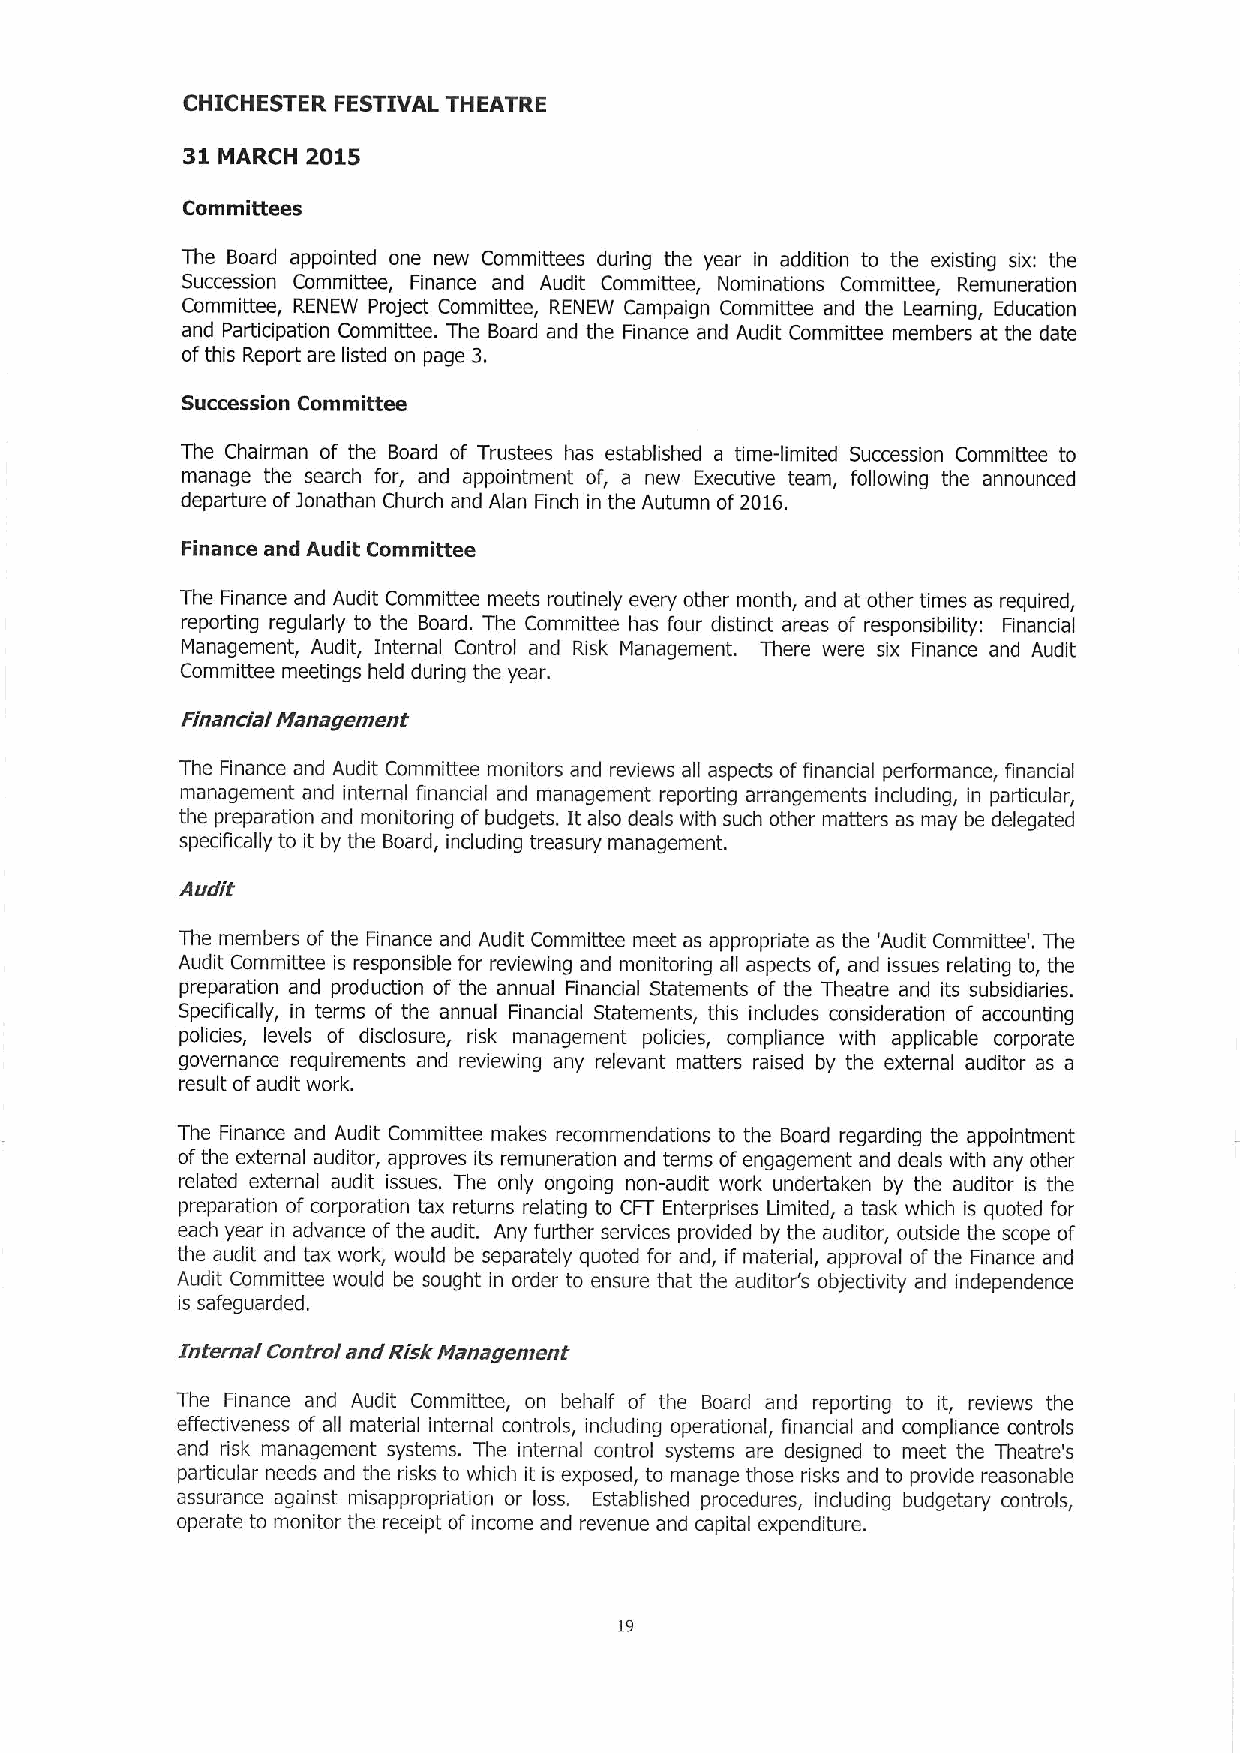
CHICHESTER FESTIVAL THEATRE
 31 MARCH 2015
 Committees
 The Board appointed one new Committees during the year in addition to the existing six: the
 Succession Committee, Finance and Audit Committee, Nominations Committee, Remuneration
 Committee, RENEW Project Committee, RENEW Campaign Committee and the Learning, Education
 and Participation Committee. The Board and the Finance and Audit Committee members at the date
 ofthis Report are listed on page 3.
 Succession Committee
 The Chairman of the Board of Trustees has established a time-limited Succession Committee to
 manage the search for, and appointment of, a new Executive team, following the announced
 departure ofjonathan Church and Alan Finch in the Autumn of2016.
 Finance and Audit Committee
 The Finance and Audit Committee meets routinely every other month, and at other times as required,
 reporting regularly to the Board. The Committee has four distinct areas of responsibility: Financial
 Management, Audit, Internal Control and Risk Management. There were six Finance and Audit
 Committee meetings held during the year.
 Financial ivianagement
 The Finance and Audit Committee monitors and reviews all aspects offinancial performance, financial
 management and internal financial and management reporting arrangements including, in particular,
 the preparation and monitoring of budgets. It also deals with such other matters as may be delegated
 specifically to it by the Board, including treasury management.
 Audit
 The members of the Finance and Audit Committee meet as appropriate as the 'Audit Committee'. The
 Audit Committee is responsible for reviewing and monitoring all aspects of, and issues relating to, the
 preparation and production of the annual Financial Statements of the Theatre and its subsidiaries.
 Specifically, in terms of the annual Financial Statements, this includes consideration of accounting
 policies, levels of disclosure, risk management policies, compliance with applicable corporate
 governance requirements and reviewing any relevant matters raised by the external auditor as a
 result ofaudit work.
 The Finance and Audit Committee makes recommendations to the Board regarding the appointment
 ofthe external auditor, approves its remuneration and terms ofengagement and deals with any other
 related external audit issues. The only ongoing non-audit work undertaken by the auditor is the
 preparation of corporation tax returns relating to CFT Enterprises Limited, a task which is quoted for
 each year in advance ofthe audit. Any further services provided by the auditor, outside the scope of
 the audit and tax work, would be separately quoted for and, if material, approval ofthe Finance and
 Audit Committee would be sought in order to ensure that the auditor's objectivity and independence
 is safeguarded.
 Internal Control and Risk Hana gement
 The Finance and Audit Committee, on behalf of the Board and reporting to it, reviews the
 effectiveness of all material internal controls, including operational, financial and compliance controls
 and risk management systems. The internal control systems are designed to meet the Theatre's
 particular needs and the risks to which it is exposed, to manage those risks and to provide reasonable
 assurance against misappropriation or loss. Established procedures, including budgetary controls,
 operate to monitor the receipt of income and revenue and capital expenditure.